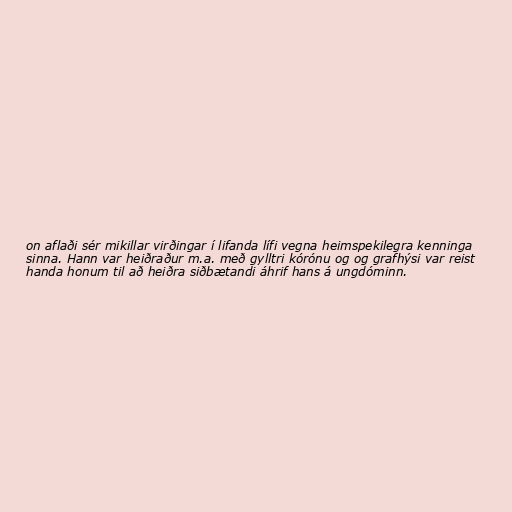
on aflaði sér mikillar virðingar í lifanda lífi vegna heimspekilegra kenninga
sinna. Hann var heiðraður m.a. með gylltri kórónu og og grafhýsi var reist
handa honum til að heiðra siðbætandi áhrif hans á ungdóminn.